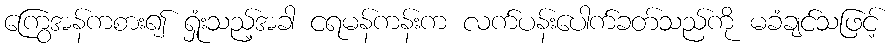
ကြွေအန်ကစား၍ ရှုံးသည့်အခါ ငရမန်ကန်းက လက်ပန်းပေါက်ခတ်သည်ကို မခံချင်သဖြင့်